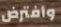
وأفترض